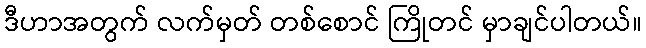
ဒီဟာအတွက် လက်မှတ် တစ်စောင် ကြိုတင် မှာချင်ပါတယ်။